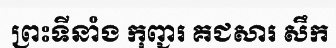
ព្រះទីនាំង កុញ្ជរ គជសារ សឹក